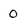
Character: 0